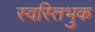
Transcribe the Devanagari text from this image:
स्वस्तिभुक